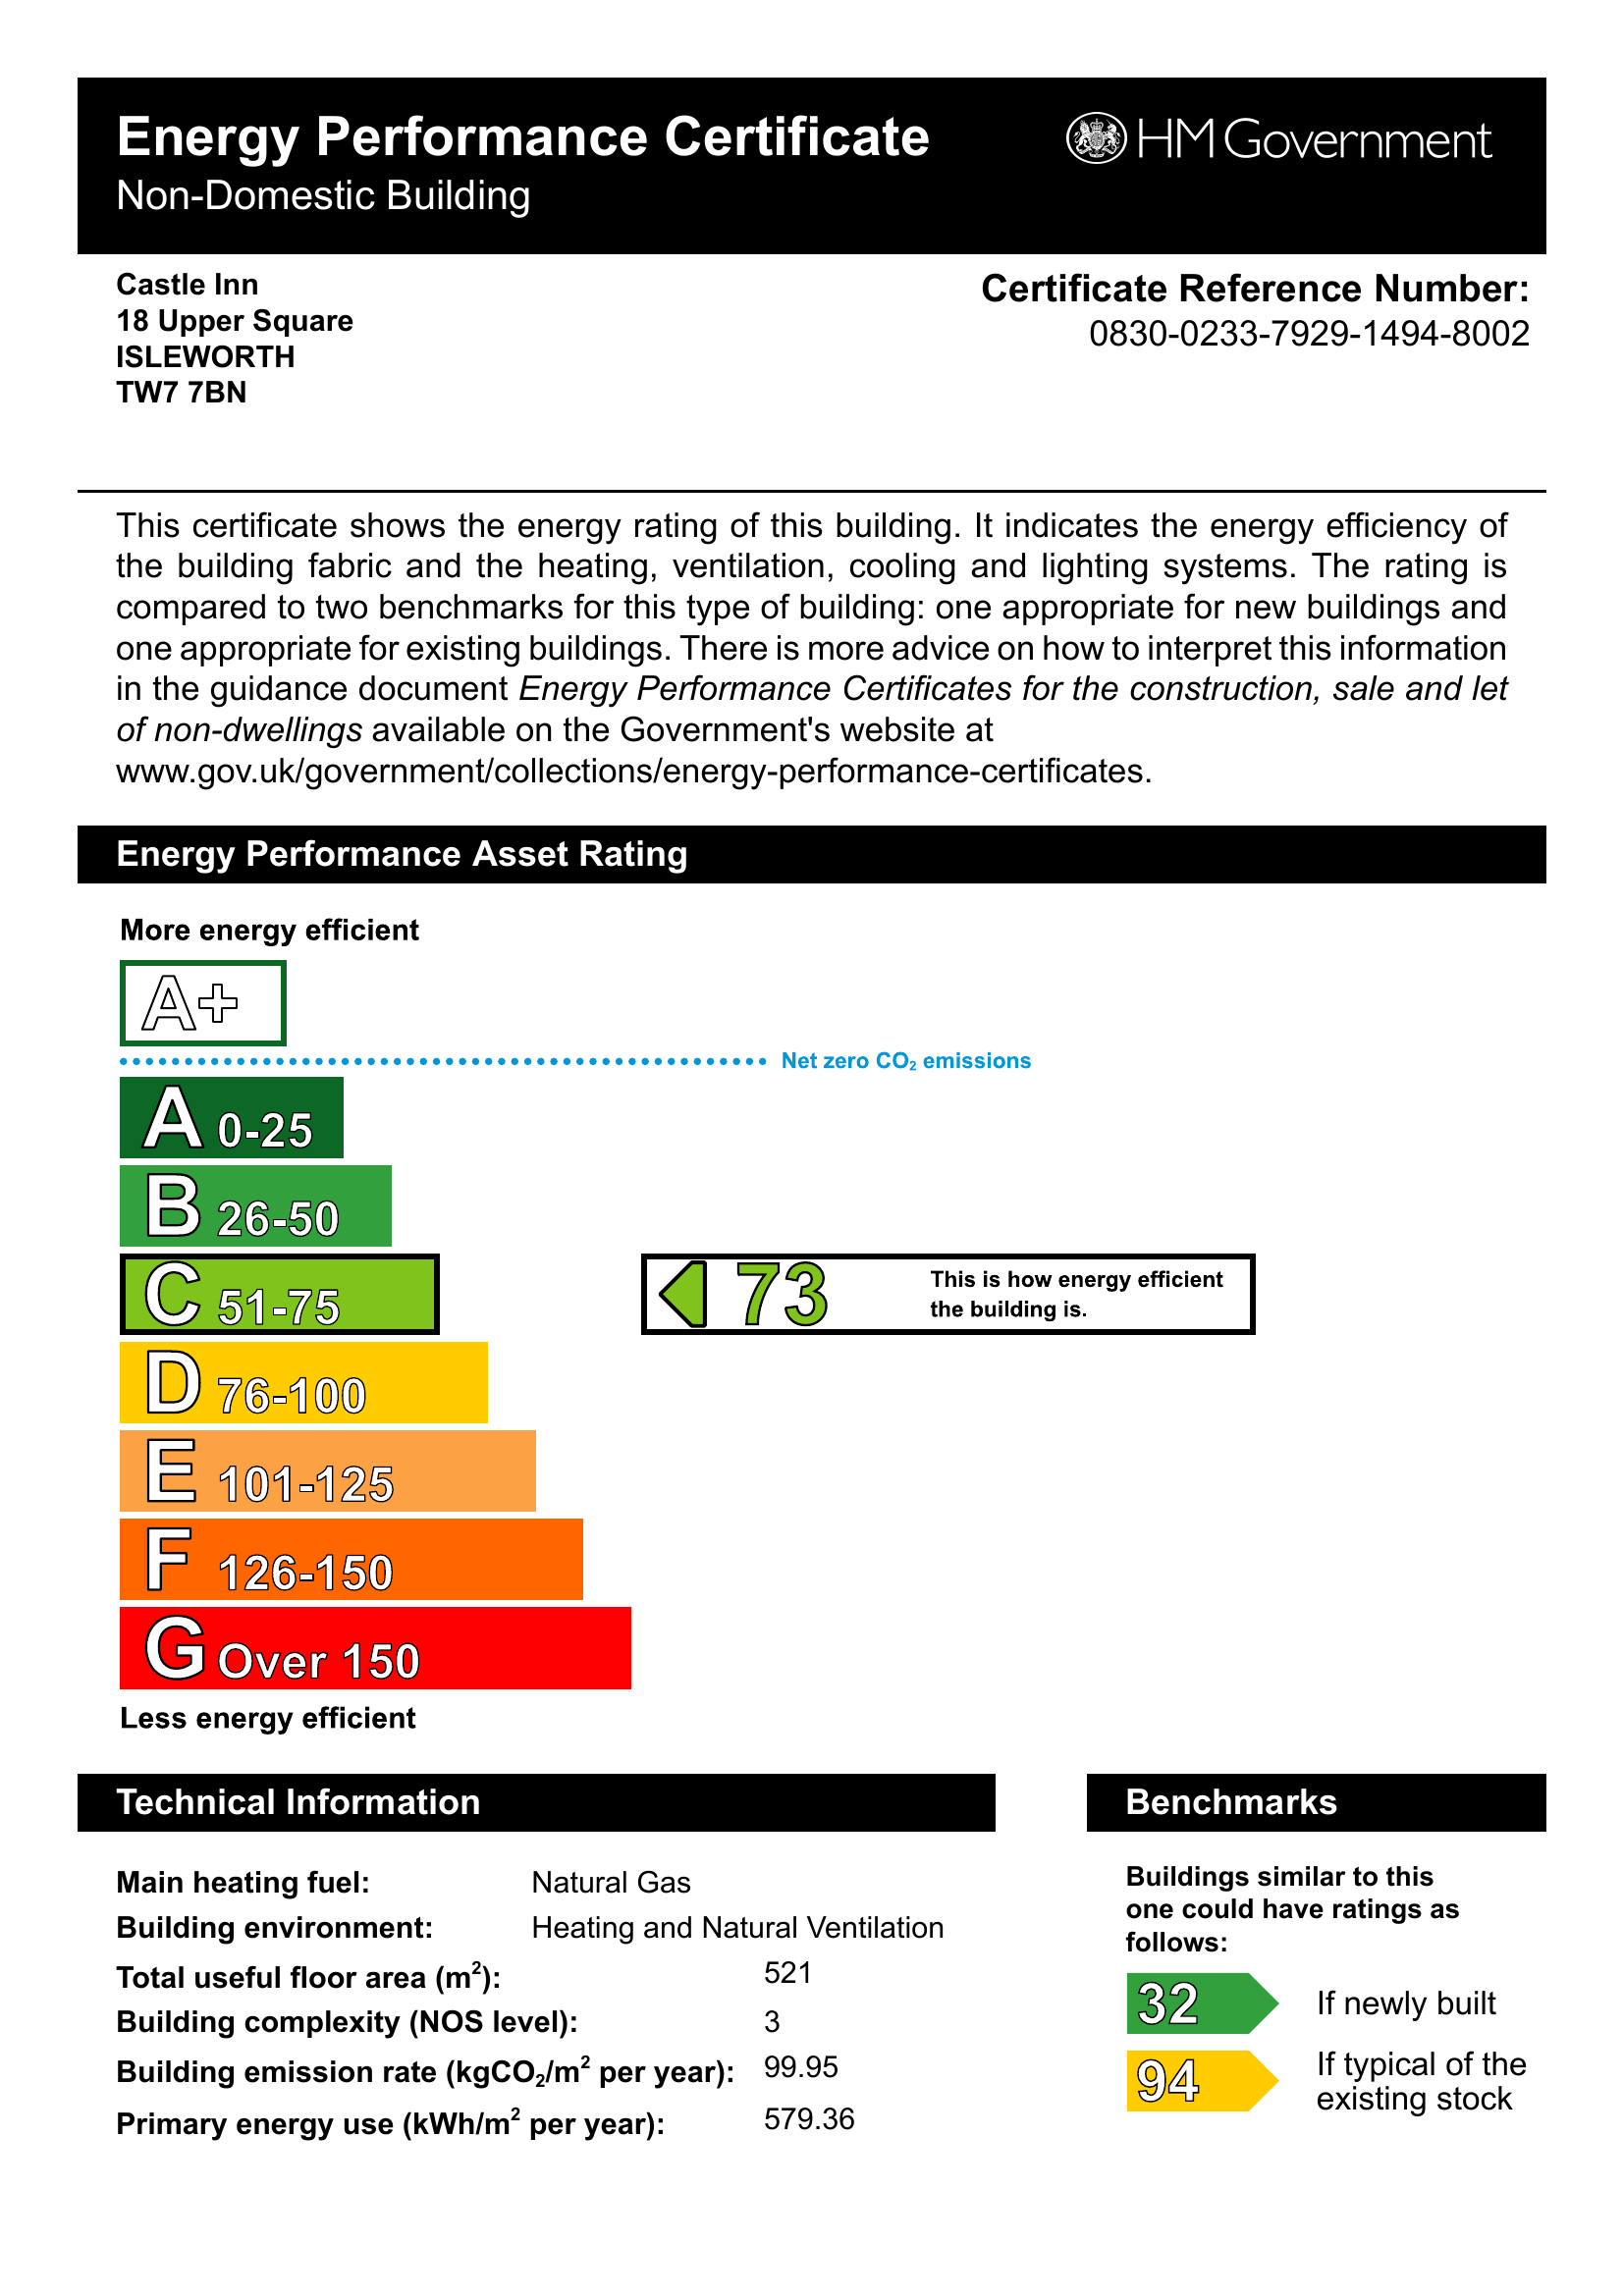
Current energy efficiency rating: C (score 73)